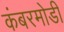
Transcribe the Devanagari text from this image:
कंबरमोडी